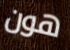
هون